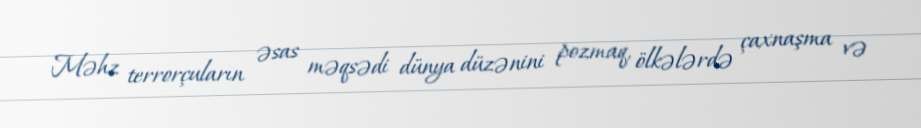
Məhz terrorçuların əsas məqsədi dünya düzənini pozmaq, ölkələrdə çaxnaşma və